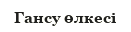
Гансу өлкесі